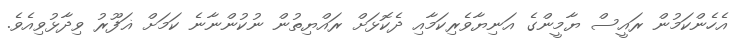
އެހެންކަމުން ރައީސް ޔާމީންގެ އަނިޔާވެރިކަމާއި ދެކޮޅަށް ރައްޔިތުން ނުކުންނާނެ ކަމަށް ޣަފޫރު ވިދާޅުވިއެވެ.